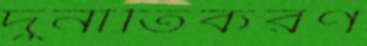
দুর্নীতিকরণ